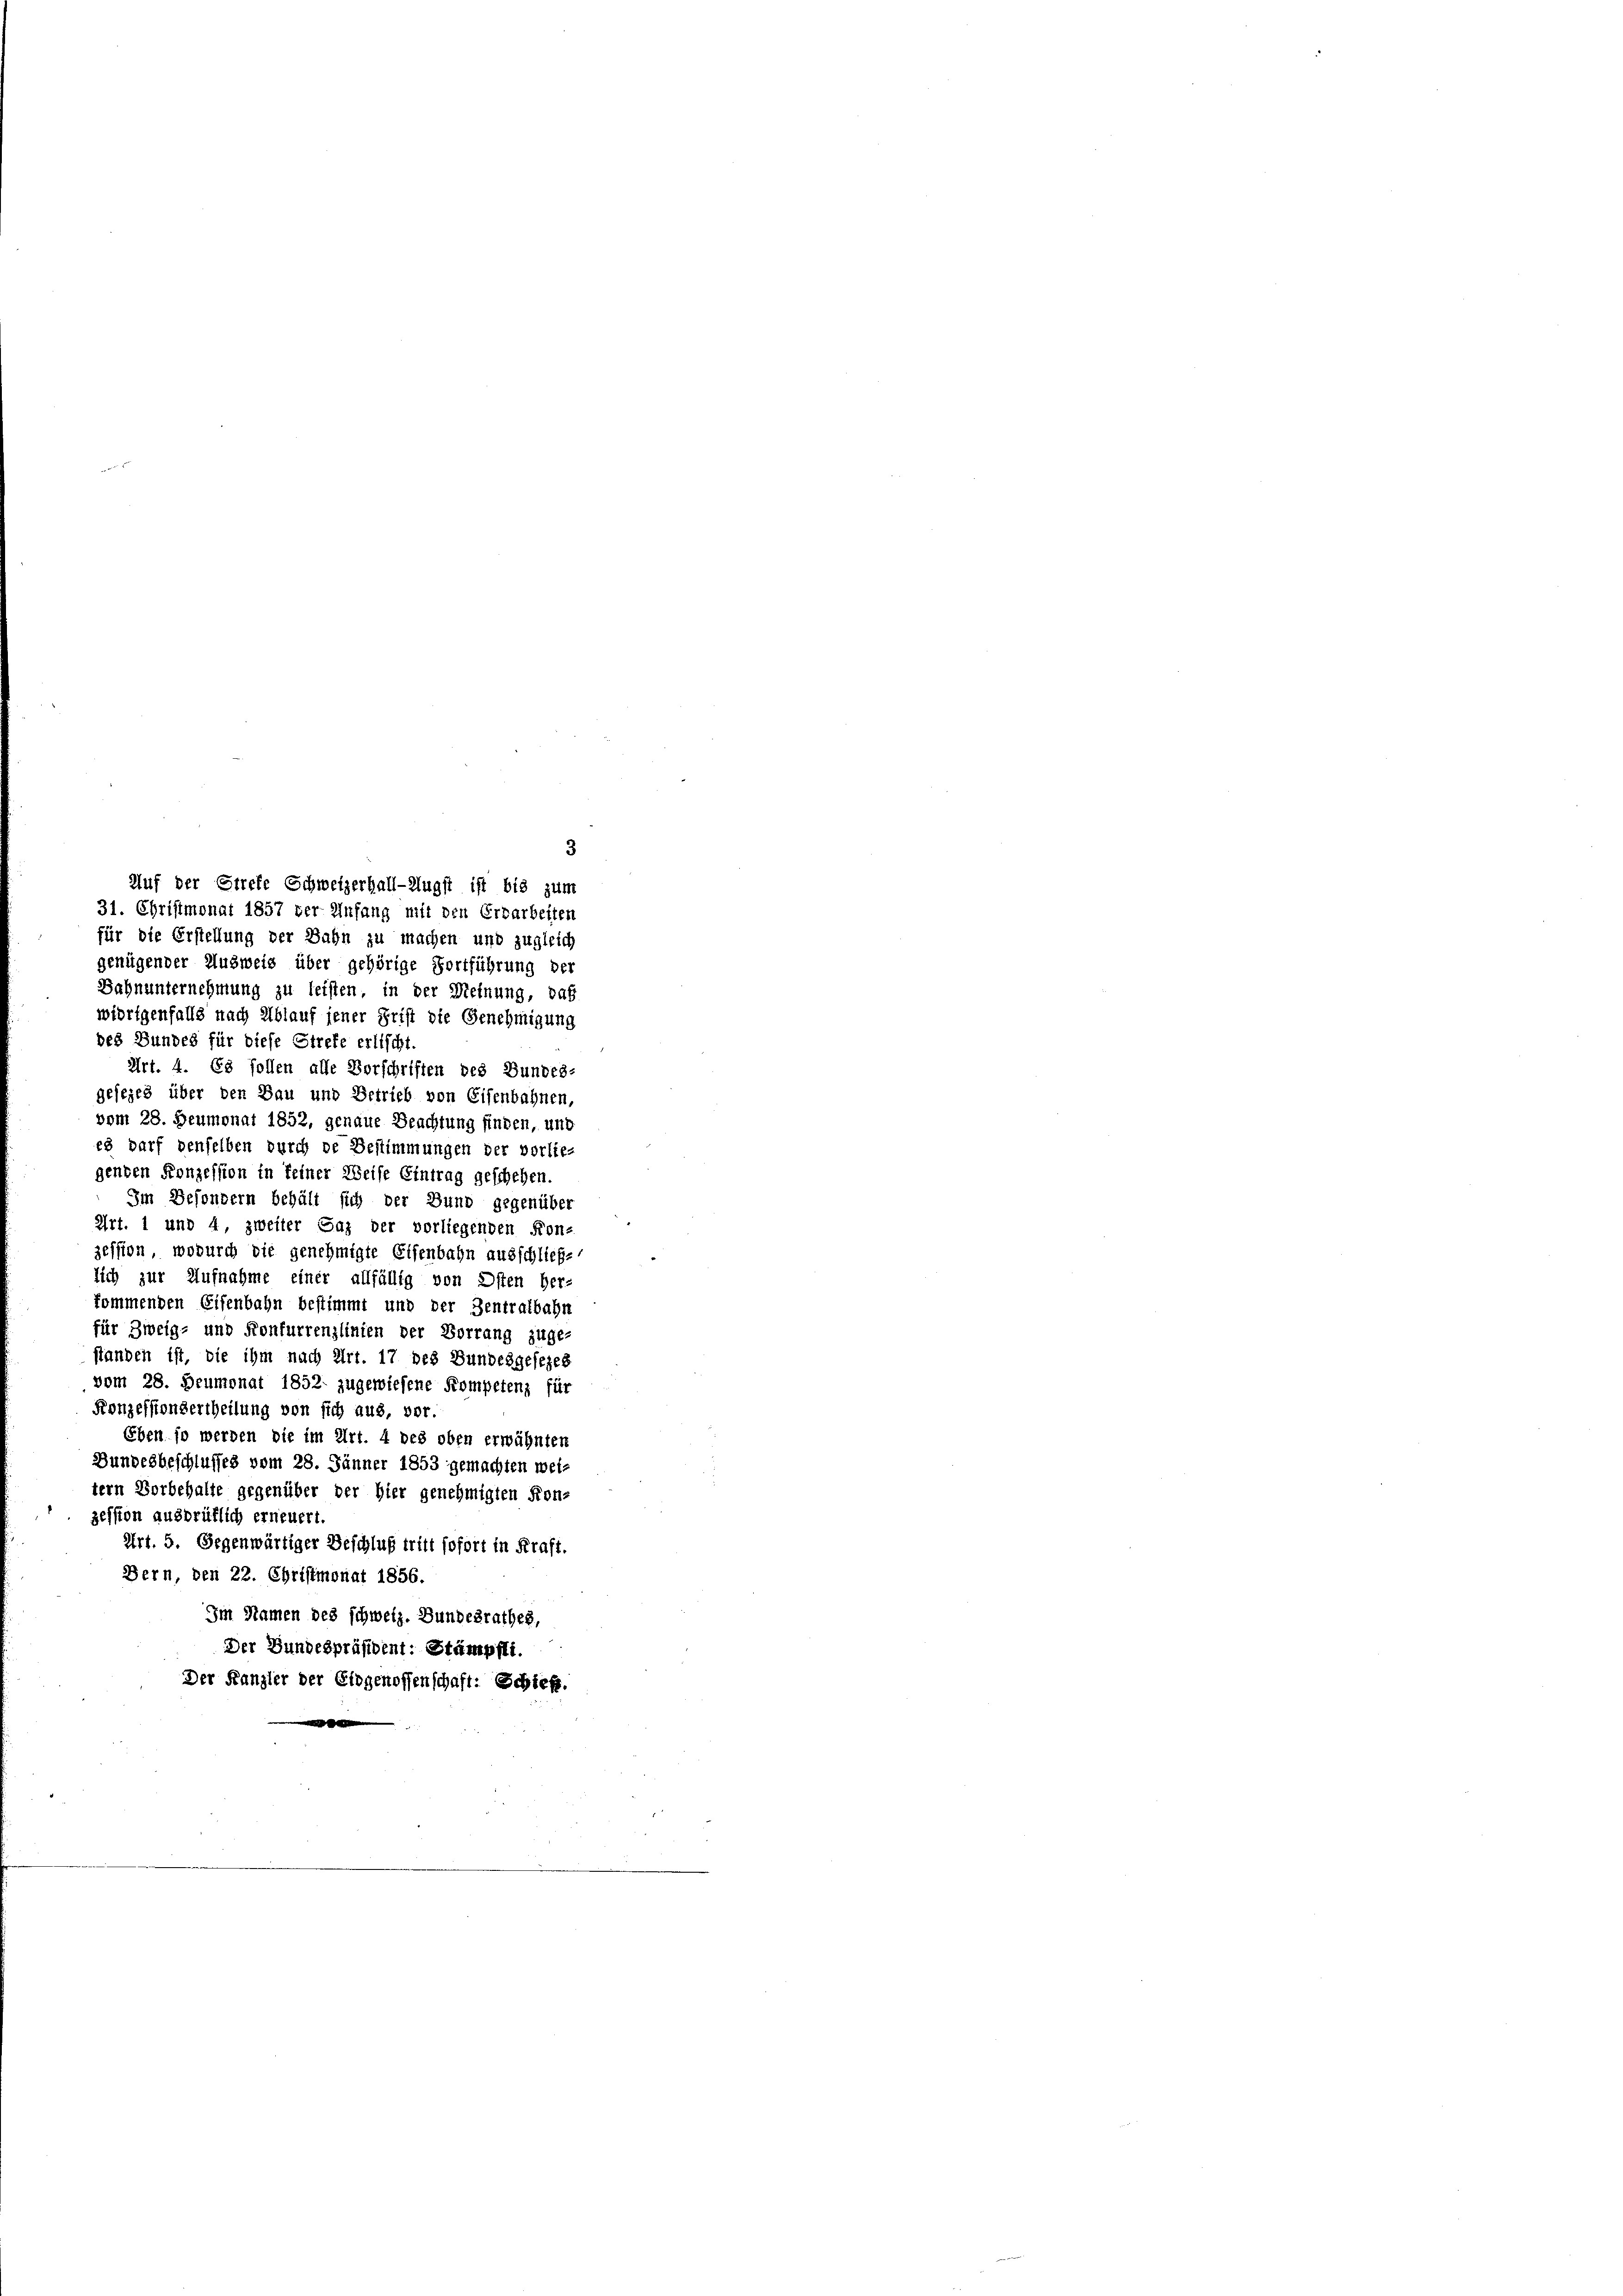
Auf der Stiefe Schweizerhall-Klugst ist bis zum
31. Christmonat 1857 der Infang mit den Erbarbeiten

3

für die Erstellung der Bahn zu machen und zugleich
genügender Ausweis über gehörige Fortführung der
Bahnunternehmung zu leisten, in der Meinung, daß
wierigenfalls nach Ablauf jener Frist die Genehmigung
des Bundes für diese Strete erlischt
Art. 4. Es sollen alle Vorschriften des Bundes-
gesezes über den Bau und Betrieb von Eisenbahnen,
vom 28. Heumonat 1852, genaue Beachtung finden, und
es darf denselben durch de Bestimmungen der vorlie-
genden Konzession in feiner Weise Eintrag geschehen.
Im Besondern behält sich der Bund gegenüber
Art. 1 und 4 zweiter Gaz der vorliegenden Kon-
zession, wodurch die genehmigte Eisenbahn ausschließlich zur Aufnahme einer allfällig von Osten Her-
kommenden Eisenbahn bestimmt und der Zentralbahn
für Zweig- und Konfurrenzlinien der Vorrang zuge-
standen ist, die ihm nach Art. 17 des Bundesgesezes
vom 28. Deumonat 1852. zugewiesene Kompetenz für
Konzessiondertheilung von sich aus, vor.
Eben so werden die im Art. 4 des oben erwähnten
Bundesbeschlusses vom 28. Jänner 1853 gemachten weitern Vorbehalte gegenüber der hier genehmigten Kon-
zession ausbrüflich erneuert.
Art. 5. Gegenwärtiger Beschluß tritt sofort in Kraft.
Bern, den 22. Christmonat 1856.
Im Namen des schweiz. Bundesrathes,
Der Bundespräsident: Stämpfli.
Der Kanzler der Eidgenossenschaft: Schien.

e